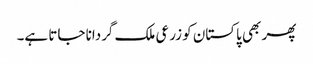
پھر بھی پاکستان کو زرعی ملک گردانا جاتا ہے۔